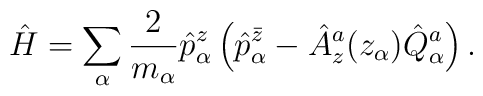
\hat{H} = \sum_\alpha {2\over m_\alpha}\hat p^z_\alpha \left(\hat p^{\bar z}_\alpha -  \hat A^a_z (z_\alpha) \hat Q^a_\alpha\right).